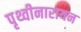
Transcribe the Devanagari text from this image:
पृथ्वीनारायन